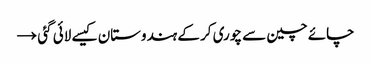
چائے چین سے چوری کر کے ہندوستان کیسے لائی گئی →